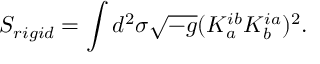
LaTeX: S _ { r i g i d } = \int d ^ { 2 } \sigma \sqrt { - g } ( K _ { a } ^ { i b } K _ { b } ^ { i a } ) ^ { 2 } .